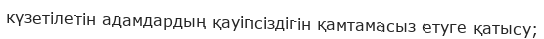
күзетілетін адамдардың қауіпсіздігін қамтамасыз етуге қатысу;